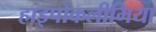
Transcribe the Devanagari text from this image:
हाइपोकलीमिया